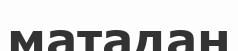
матадан